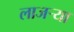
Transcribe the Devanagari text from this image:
लाजर्‍या